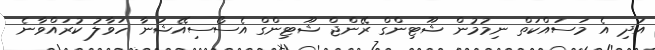
އަދި އެ މަސައްކަތް ނިމުމުން ޝޫޓިންގް ރޭންޖް ޝޫޓިންގް އެސޯސިއޭޝަނާ ހަވާލު ކުރައްވާނެ